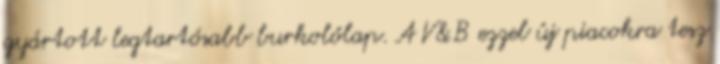
gyártott legtartósabb burkolólap. A V&B ezzel új piacokra tesz